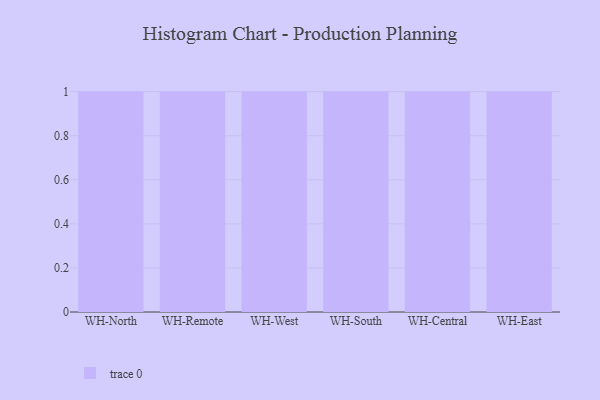
{"axis": {"x": "Warehouse", "y": "Gross Profit (USD K)"}, "legend": [""], "data": [{"x": "WH-North", "y": 97, "type": ""}, {"x": "WH-Remote", "y": 43, "type": ""}, {"x": "WH-West", "y": 3, "type": ""}, {"x": "WH-South", "y": 19, "type": ""}, {"x": "WH-Central", "y": 38, "type": ""}, {"x": "WH-East", "y": 96, "type": ""}]}